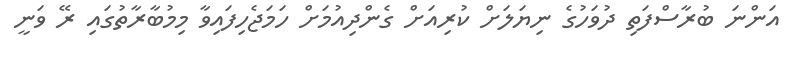
އަންނަ ބުރާސްފަތި ދުވަހުގެ ނިޔަލަށް ކުރިއަށް ގެންދިއުމަށް ހަމަޖެހިފައިވާ މިމުބާރާތުގައި ރޭ ވަނީ